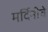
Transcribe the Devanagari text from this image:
मर्दिनीचे